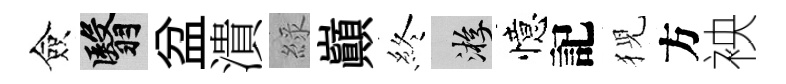
僉翳盆潰綠巔終游憶記猊方䘧